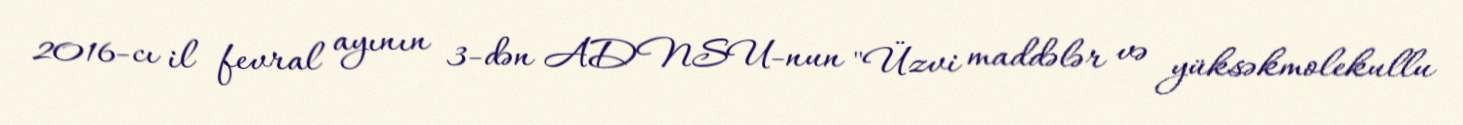
2016-cı il fevral ayının 3-dən ADNSU-nun "Üzvi maddələr və yüksəkmolekullu